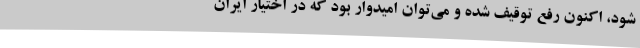
شود، اکنون رفع توقیف شده و می‌توان امیدوار بود که در اختیار ایران